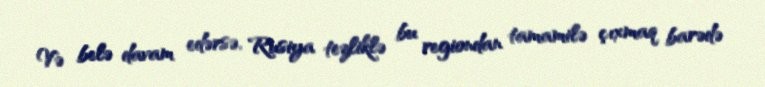
Və belə davam edərsə, Rusiya tezliklə bu regiondan tamamilə çıxmaq barədə